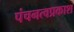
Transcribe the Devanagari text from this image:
पंचनत्वप्रकाश